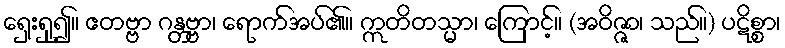
ရှေးရှု၍။ ဧတဗ္ဗာ ဂန္တဗ္ဗာ၊ ရောက်အပ်၏။ ဣတိတသ္မာ၊ ကြောင့်။ (အဝိဇ္ဇာ၊ သည်။) ပဋိစ္စာ၊